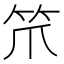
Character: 笊